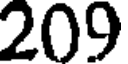
209